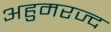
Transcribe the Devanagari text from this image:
अहुमरज्द